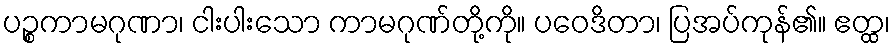
ပဉ္စကာမဂုဏာ၊ ငါးပါးသော ကာမဂုဏ်တို့ကို။ ပဝေဒိတာ၊ ပြအပ်ကုန်၏။ ဧတ္ထ၊